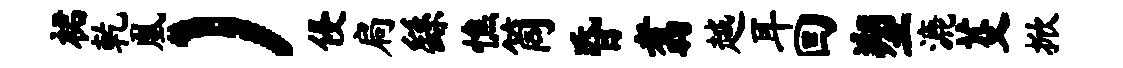
裙乾凰）侵扃繇憔筒昏翥越耳回塑漉芟掀